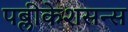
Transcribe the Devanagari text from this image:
पब्लीकेशसन्स